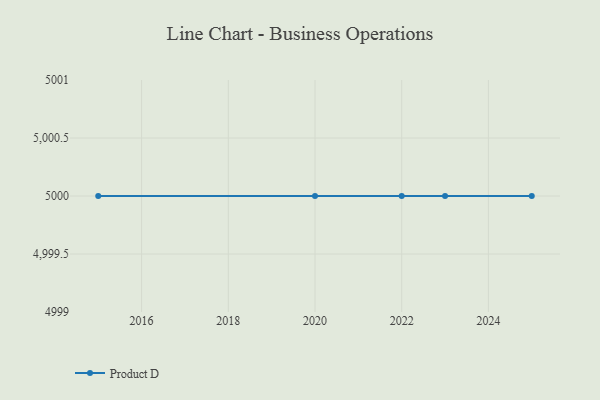
{"axis": {"x": "Year", "y": "Active Users"}, "legend": ["Product D"], "data": [{"x": "2022", "y": 5000, "type": "Product D"}, {"x": "2020", "y": 5000, "type": "Product D"}, {"x": "2015", "y": 5000, "type": "Product D"}, {"x": "2025", "y": 5000, "type": "Product D"}, {"x": "2023", "y": 5000, "type": "Product D"}]}